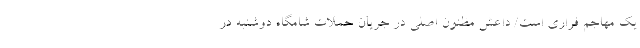
یک مهاجم فراری است/ داعش مظنون اصلی در جریان حملات شامگاه دوشنبه در